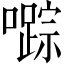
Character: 𱕙